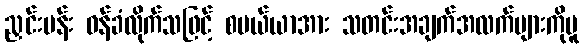
ညှင်းပန်း ဝန်ခံလိုက်သဖြင့် စပယ်ယာအား သတင်းအချက်အလက်များကိုမူ